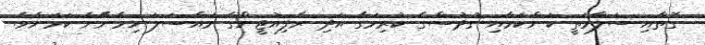
ގޮތާއި ސަލާމަތީ ކަންކަމާއި ގުދުސްގެ ކުރިމަގާ އަދި ރެފިއުޖީންގެ މައްސަލަ ހިމެނޭނެ ކަމަށެވެ.